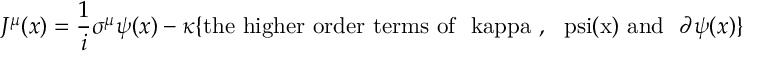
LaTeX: J ^ { \mu } ( x ) = { \frac { 1 } { i } } \sigma ^ { \mu } \psi ( x ) - \kappa \{ \mathrm { t h e ~ h i g h e r ~ o r d e r ~ t e r m s ~ o f ~ \ k a p p a ~ , ~ \ p s i ( x ) ~ a n d ~ } \ \partial \psi ( x ) \}